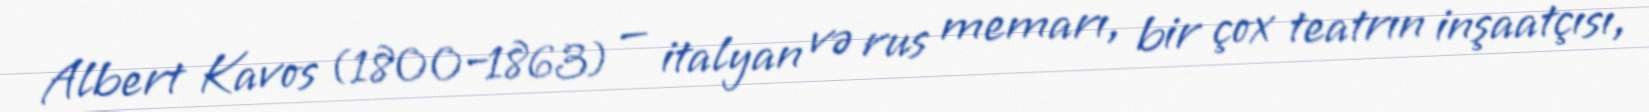
Albert Kavos (1800–1863) — italyan və rus memarı, bir çox teatrın inşaatçısı,